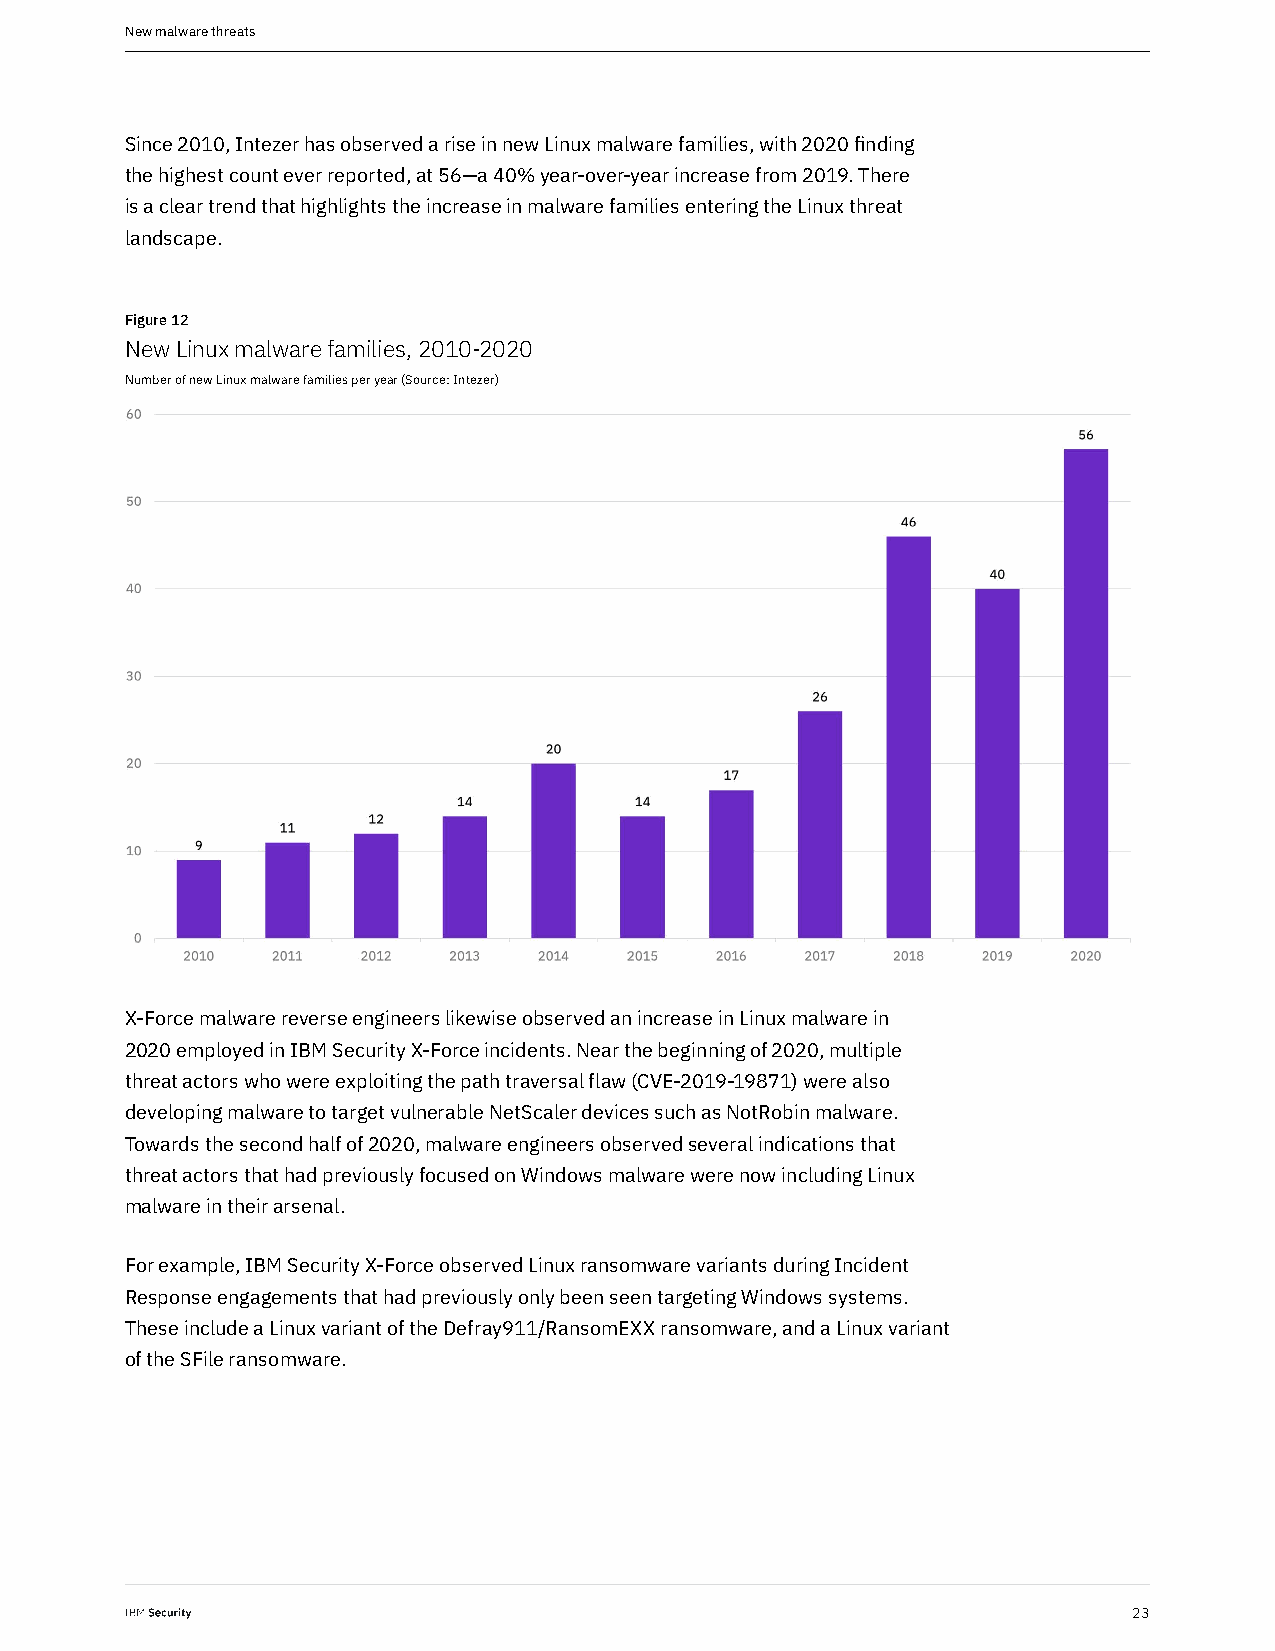
New malware threats
 Since 2010, Intezer has observed a rise in new Linux malware families, with 2020 finding
 the highest count ever reported, at 56—a 40% year-over-year increase from 2019. There
 is a clear trend that highlights the increase in malware families entering the Linux threat
 landscape.
 Figure 12
 New Linux malware families, 2010-2020
 Number of new Linux malware families per year (Source: Intezer)
 X-Force malware reverse engineers likewise observed an increase in Linux malware in
 2020 employed in IBM Security X-Force incidents. Near the beginning of 2020, multiple
 threat actors who were exploiting the path traversal flaw (CVE-2019-19871) were also
 developing malware to target vulnerable NetScaler devices such as NotRobin malware.
 Towards the second half of 2020, malware engineers observed several indications that
 threat actors that had previously focused on Windows malware were now including Linux
 malware in their arsenal.
 For example, IBM Security X-Force observed Linux ransomware variants during Incident
 Response engagements that had previously only been seen targeting Windows systems.
 These include a Linux variant of the Defray911/RansomEXX ransomware, and a Linux variant
 of the SFile ransomware.
 23